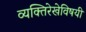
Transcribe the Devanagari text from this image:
व्यक्तिरेखेविषयी